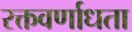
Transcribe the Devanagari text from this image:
रक्तवर्णाधता